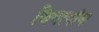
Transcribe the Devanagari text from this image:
जिवत्यांना